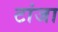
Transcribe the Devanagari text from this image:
टांजा